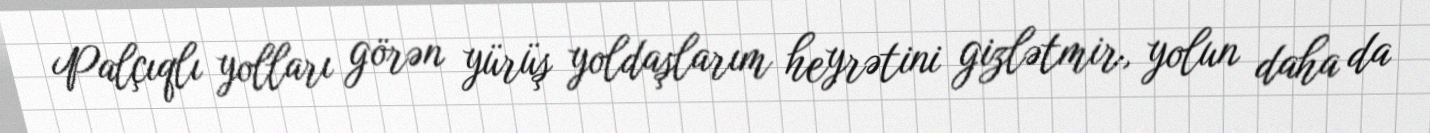
Palçıqlı yolları görən yürüş yoldaşlarım heyrətini gizlətmir, yolun daha da